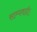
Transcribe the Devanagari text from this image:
साम्यवादी।